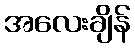
အလေးချိန်